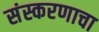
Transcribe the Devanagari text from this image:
संस्करणाचा